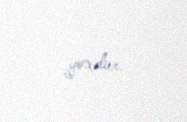
yoxdur.